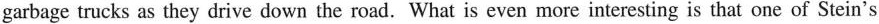
garbage trucks as they drive down the road. What is even more interesting is that one of Stein's